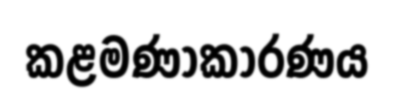
කළමණාකාරණය